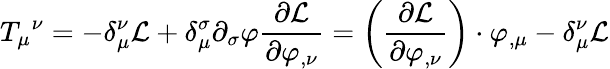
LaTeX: T_{\mu}{}^{\nu}=-\delta_{\mu}^{\nu}{\mathcal{L}}+\delta_{\mu}^{\sigma}\partial_{\sigma}\varphi{\frac{\partial{\mathcal{L}}}{\partial\varphi_{,\nu}}}=\left({\frac{\partial{\mathcal{L}}}{\partial\varphi_{,\nu}}}\right)\cdot\varphi_{,\mu}-\delta_{\mu}^{\nu}{\mathcal{L}}